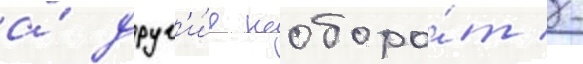
а́ друг'и́е наоборо́т -